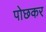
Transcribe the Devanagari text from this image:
पोछकर